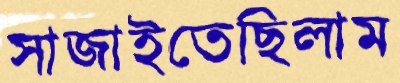
সাজাইতেছিলাম